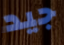
جيد